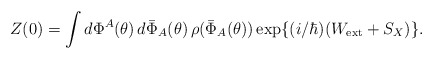
\begin{align*}Z(0) = \int d \Phi^A(\theta) \, d \bar{\Phi}_A(\theta) \,\rho(\bar{\Phi}_A(\theta)) \exp\{ (i/ \hbar) ( W_{\rm ext} + S_X ) \}.\end{align*}